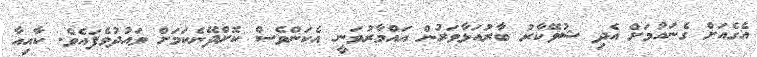
އެގެއަށް ގެނައުމަށް އެދި ޝުވޭކާރު ބާރުއަޅާވަރުން އައްމާރުވަނީ އެކަންވެސް ކޮށްދޭނެކަމަށް ވައުދުވެފައެވެ. ކާއިއާ